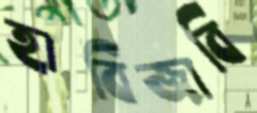
হাবিজাবি